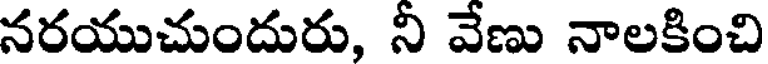
నరయుచుందురు, నీ వేణు నాలకించి